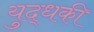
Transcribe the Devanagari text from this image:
युद्धकी